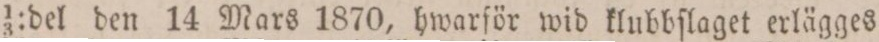
1/3:del den 14 Mars 1870, hwarför wid klubbſlaget erlägges